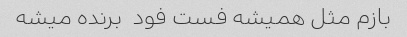
بازم مثل همیشه فست فود  برنده میشه